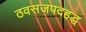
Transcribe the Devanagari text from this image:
ठवसजपदहद्ध